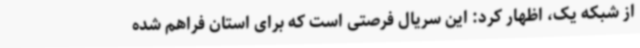
از شبکه یک، اظهار کرد: این سریال فرصتی است که برای استان فراهم شده